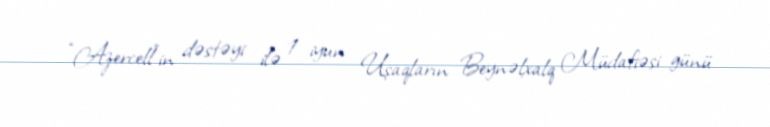
“Azercell”in dəstəyi ilə 1 iyun Uşaqların Beynəlxalq Müdafiəsi günü